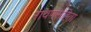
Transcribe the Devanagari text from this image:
रावणसंहिता